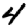
Digit: 4